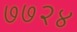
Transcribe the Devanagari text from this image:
७७२४